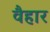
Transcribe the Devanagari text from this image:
वैहार